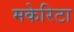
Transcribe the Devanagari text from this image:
मकेरिटा